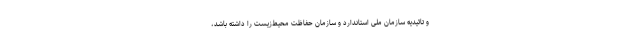
و تائیدیه سازمان ملی استاندارد و سازمان حفاظت محیط‌زیست را داشته باشد،